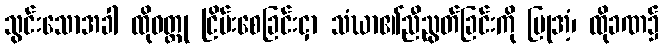
သွင်းသောအခါ ထိုဝတ္ထု ငြိမ်းစေခြင်းငှာ သံဃာ၏ညီညွတ်ခြင်းကို ပြုအံ့၊ ထိုခဏ၌